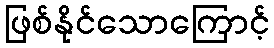
ဖြစ်နိုင်သောကြောင့်